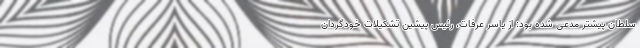
سلطان پیشتر مدعی شده بود: از یاسر عرفات، رئیس پیشین تشکیلات خودگردان